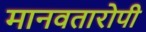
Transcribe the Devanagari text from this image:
मानवतारोपी